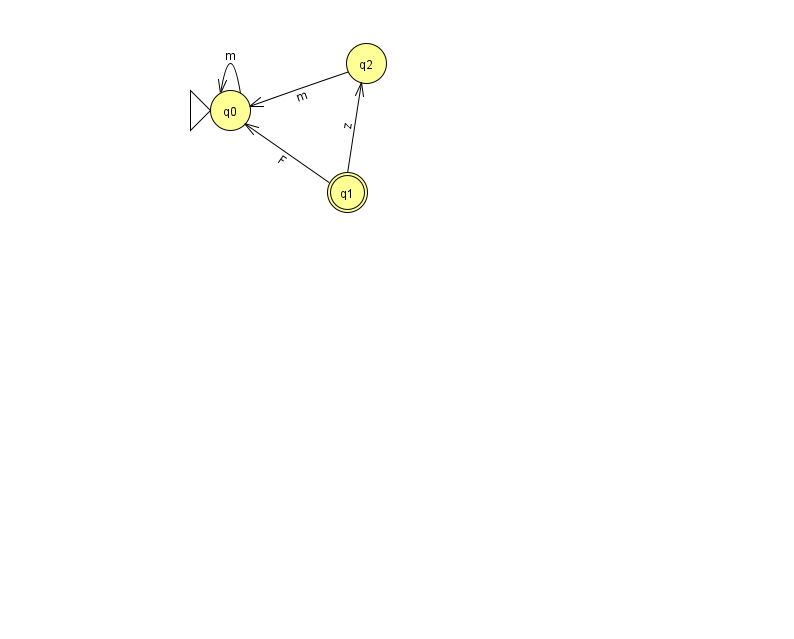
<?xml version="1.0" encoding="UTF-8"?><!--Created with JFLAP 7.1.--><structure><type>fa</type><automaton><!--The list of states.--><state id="0" name="q0"><x>230.0</x><y>97.0</y><initial/></state><state id="1" name="q1"><x>347.0</x><y>179.0</y><final/></state><state id="2" name="q2"><x>366.0</x><y>50.0</y></state><!--The list of transitions.--><transition><from>1</from><to>2</to><read>z</read></transition><transition><from>1</from><to>0</to><read>F</read></transition><transition><from>0</from><to>0</to><read>m</read></transition><transition><from>2</from><to>0</to><read>m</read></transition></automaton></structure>